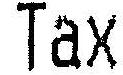
TAX